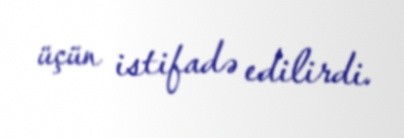
üçün istifadə edilirdi.